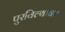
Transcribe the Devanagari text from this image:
पुरविल्यावर